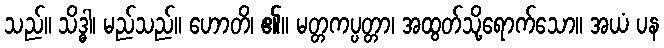
သည်။ သိဒ္ဓါ၊ မည်သည်။ ဟောတိ၊ ၏။ မတ္တကပ္ပတ္တာ၊ အထွတ်သို့ရောက်သော။ အယံ ပန